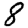
Digit: 8